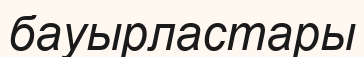
бауырластары